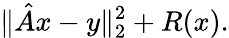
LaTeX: \| \hat{A}x-y\| _{2}^{2}+R(x).